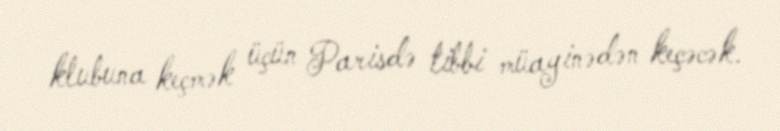
klubuna keçmək üçün Parisdə tibbi müayinədən keçəcək.